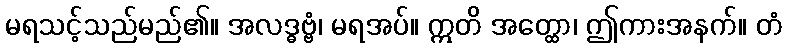
မရသင့်သည်မည်၏။ အလဒ္ဓဗ္ဗံ၊ မရအပ်။ ဣတိ အတ္ထော၊ ဤကားအနက်။ တံ